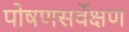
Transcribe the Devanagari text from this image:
पोषणसर्वेक्षण